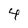
Character: 4